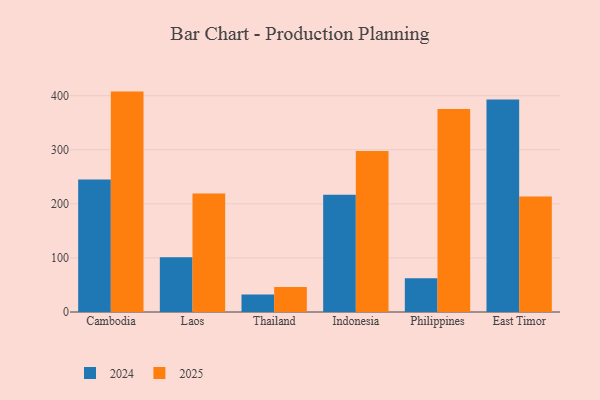
{"axis": {"x": "Country", "y": "Website Visitors"}, "legend": ["2024", "2025"], "data": [{"x": "Cambodia", "y": 407.5, "type": "2025"}, {"x": "Cambodia", "y": 244.8, "type": "2024"}, {"x": "Laos", "y": 219.1, "type": "2025"}, {"x": "Laos", "y": 101.2, "type": "2024"}, {"x": "Thailand", "y": 46.1, "type": "2025"}, {"x": "Thailand", "y": 32.4, "type": "2024"}, {"x": "Indonesia", "y": 297.9, "type": "2025"}, {"x": "Indonesia", "y": 216.6, "type": "2024"}, {"x": "Philippines", "y": 375.2, "type": "2025"}, {"x": "Philippines", "y": 62.3, "type": "2024"}, {"x": "East Timor", "y": 213.5, "type": "2025"}, {"x": "East Timor", "y": 392.7, "type": "2024"}]}